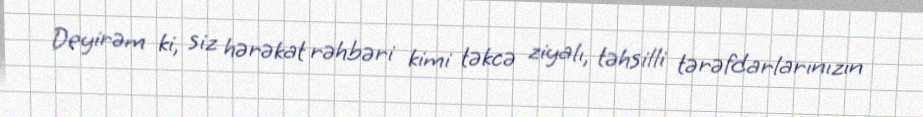
Deyirəm ki, siz hərəkat rəhbəri kimi təkcə ziyalı, təhsilli tərəfdarlarınızın